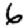
Digit: 6